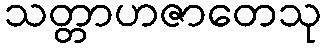
သတ္တာဟဇာတေသု